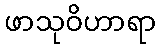
ဖာသုဝိဟာရာ